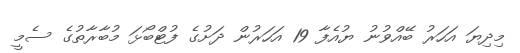
މިދިޔަ އަހަރު ބޭއްވުނު ޔުއެފާ 19 އަހަރުން ދަށުގެ ފުޓްބޯޅަ މުބާރާތުގެ ސެމީ